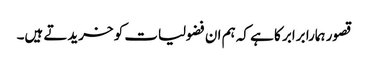
قصور ہمارا برابر کا ہے کہ ہم ان فضولیات کو خریدتے ہیں۔